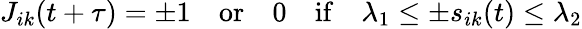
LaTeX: J_{ik}(t+\tau)=\pm 1\quad\mathrm{or}\quad 0\quad\mathrm{if}\quad\lambda_{1}\leq\pm s_{ik}(t)\leq\lambda_{2}